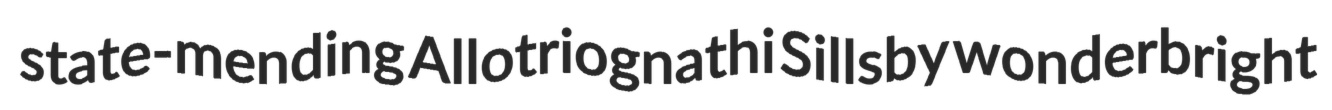
state-mending Allotriognathi Sillsby wonderbright